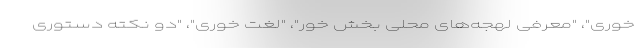
خوری"، "معرفی لهجه‌های محلی بخش خور"، "لغت خوری"، "دو نکته دستوری